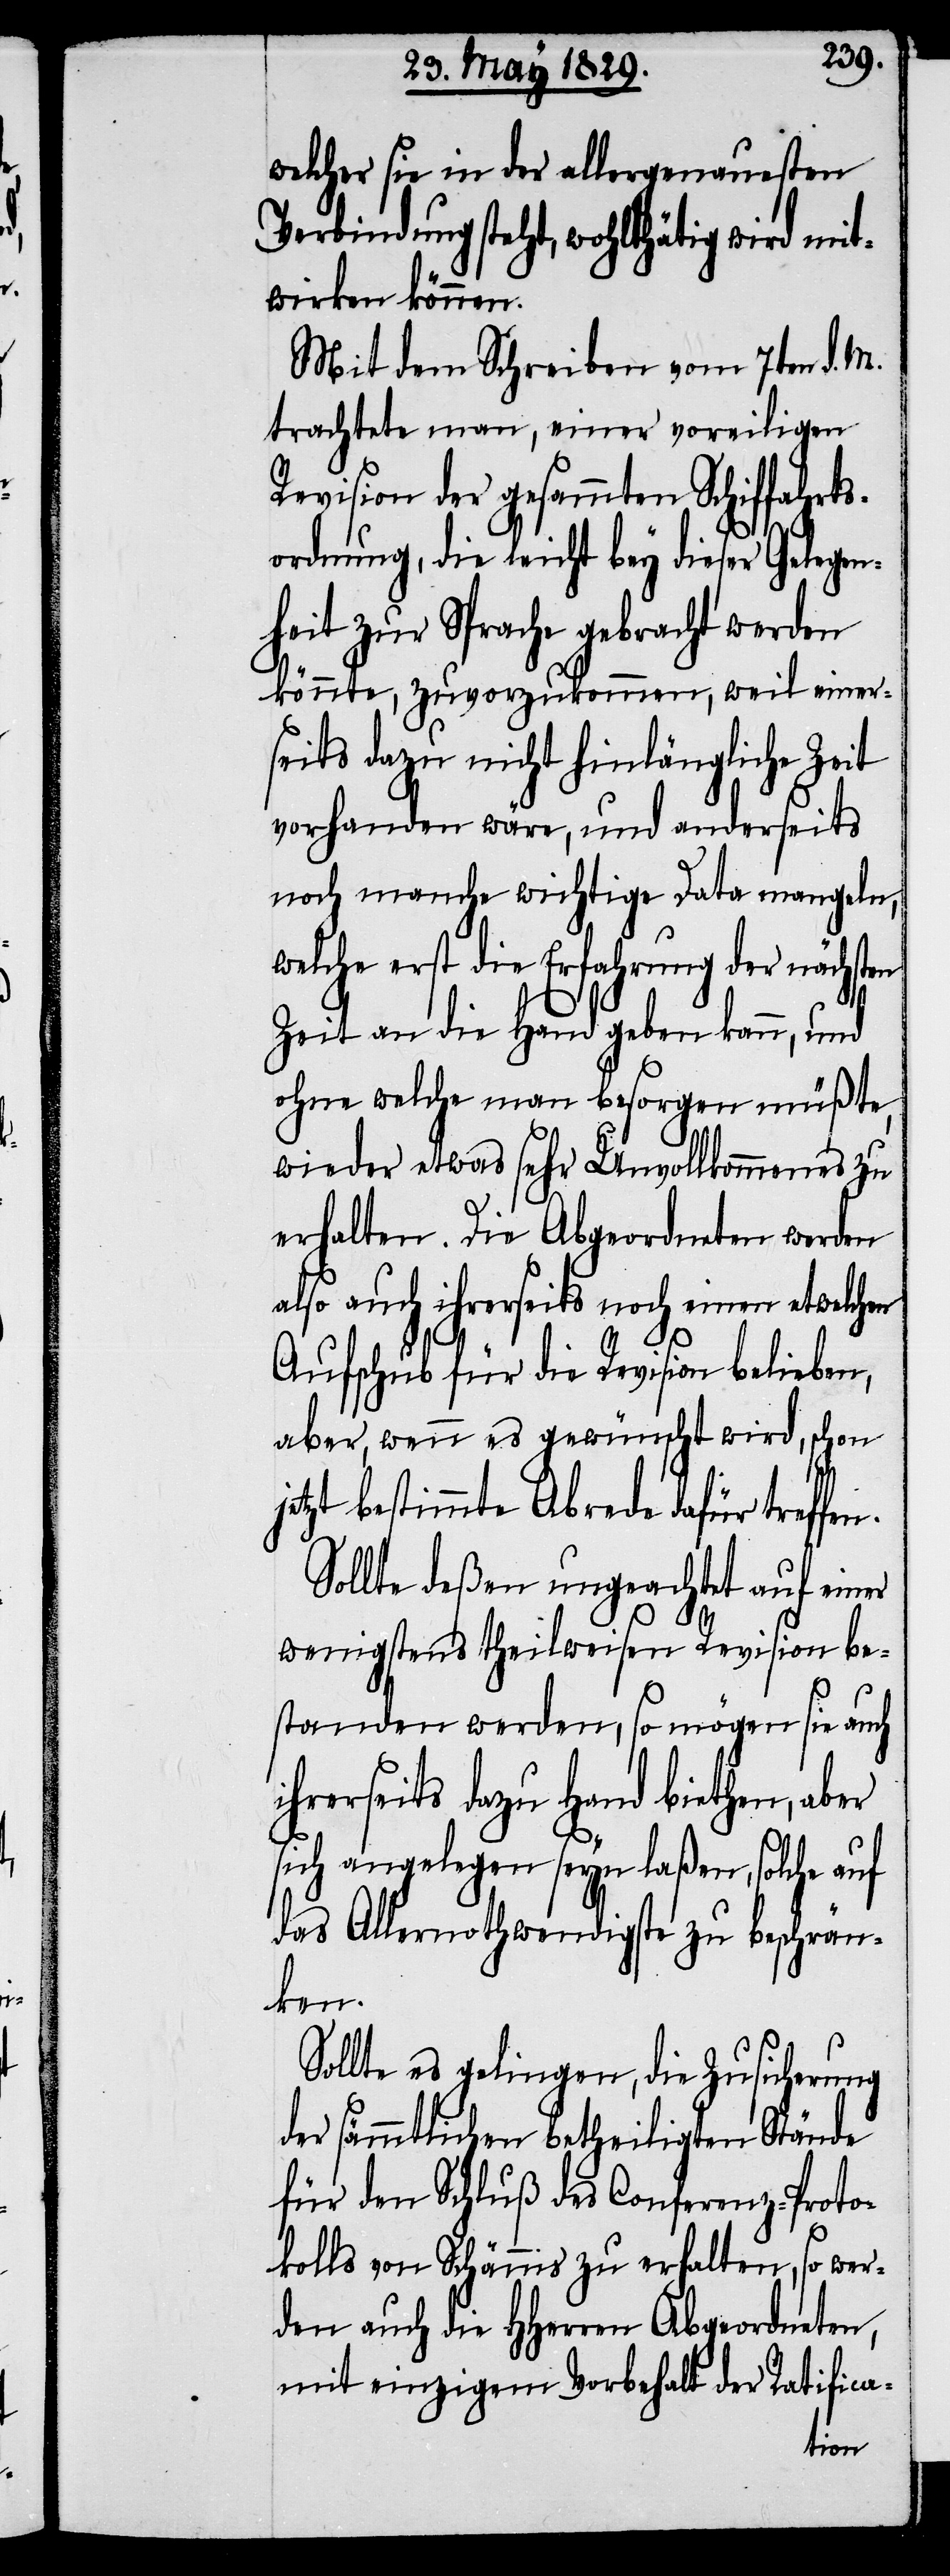
en

welcher sie in der allergenausten
Verbindung steht, wohlthätig wird mit¬
wirken können.
Mit dem Schreiben vom 7ten d. M.
trachtete man, einer voreiligen
Revision der gesammten Schiffahrts¬
ordnung, die leicht bey dieser Gelegen¬
heit zur Sprache gebracht werden
könnte, zuvorzukommmen, weil einer¬
seits dazu nicht hinlängliche Zeit
vorhanden wäre, und anderseits
noch manche wichtige Data mangeln,
elche erst die Erfahrung der nächst¬
Zeit an die Hand geben kann, und
ohne welche man besorgen müßte,
wieder etwas sehr Unvollkommenes zu
erhalten. Die Abgeordneten werden
also auch ihrerseits noch einen etwelchen
Aufschub für die Revision belieben,
aber, wenn es gewünscht wird, schon
etzt bestimmte Abrede dafür tref¬
Sollte deßen ungeachtet auf einer
j¬
wenigstens theilweisen Revision be¬
standen werden, so mögen sie auch
ihrerseits dazu Hand bieten, aber
sich angelegen seyn laßen, solche auf
das Allernothwendigste zu beschrän¬
ken.
Sollte es gelingen, die Zusicherung
der sämmtlichen betheiligten Stände
für den Schluß des Conferenz-Proto¬
kolls von Schännis zu erhalten, so wer¬
den auch die HHerren Abgeordneten
mit einzigem Vorbehalt der Ratifica-